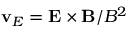
\mathbf { v } _ { E } = \mathbf { E } \times \mathbf { B } / B ^ { 2 }